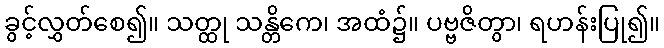
ခွင့်လွှတ်စေ၍။ သတ္ထု သန္တိကေ၊ အထံ၌။ ပဗ္ဗဇိတွာ၊ ရဟန်းပြု၍။